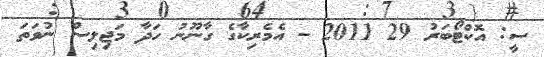
ސީ: އޮކްޓޯބަރު 29 2011 - އެމެރިކާގެ ގާނޫނު ހަދާ މަޖިލިސް ނުވަތަ